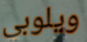
ويلوبي